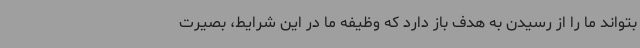
بتواند ما را از رسیدن به هدف باز دارد که وظیفه ما در این شرایط، بصیرت